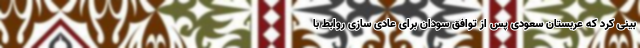
بینی کرد که عربستان سعودی پس از توافق سودان برای عادی سازی روابط با